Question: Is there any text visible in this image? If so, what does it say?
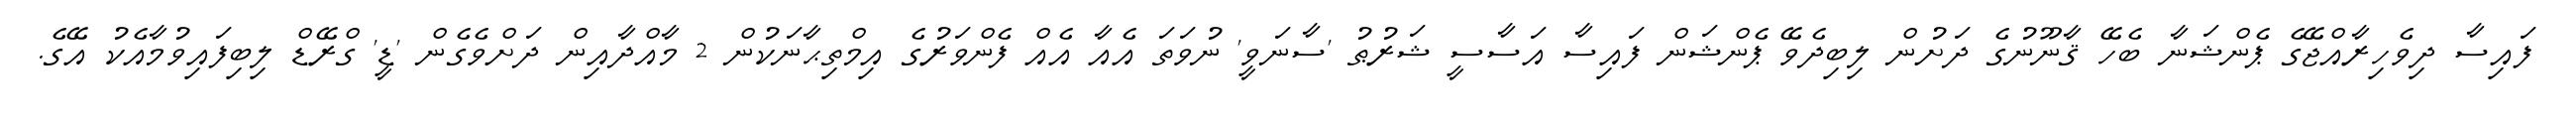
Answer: ފައިސާ ދިވެހިރާއްޖޭގެ ޕެންޝަނާ ބެހޭ ޤާނޫނުގެ ދަށުން ލިބިދެވޭ ޕެންޝަން ފައިސާ އަސާސީ ޝަރުޠު 'ސާނަވީ' ނުވަތަ އެއާ އެއް ފެންވަރުގެ އިމްތިޙާނަކުން 2 މާއްދާއިން ދަށްވެގެން 'ޑީ' ގްރޭޑް ލިބިފައިވުމާއެކު އޭގެ.